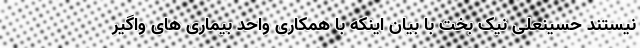
نیستند حسینعلی نیک بخت با بیان اینکه با همکاری واحد بیماری های واگیر